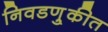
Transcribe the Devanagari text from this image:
निवडणु्कीत